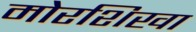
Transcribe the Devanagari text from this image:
मोरशिखा